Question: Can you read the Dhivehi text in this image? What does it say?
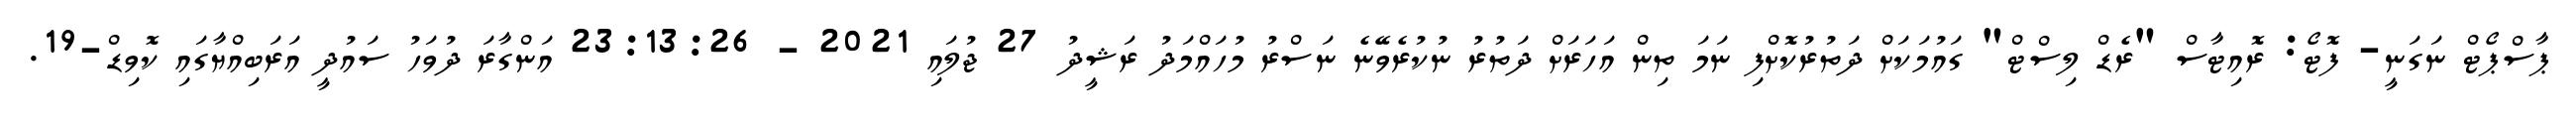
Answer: ޕާސްޕޯޓް ނަގަނީ- ފޮޓޯ: ރޮއިޓާސް "ރެޑް ލިސްޓް" ގައުމަކަށް ދަތުރުކޮށްފި ނަމަ ތިން އަހަރަށް ދަތުރު ނުކުރެވޭނެ ނަސްރު މުހައްމަދު ރަޝީދު 27 ޖުލައި 2021 - 23:13:26 އަންގާރަ ދުވަހު ސައުދީ އަރަބިއްޔާގައި ކޮވިޑް-19.